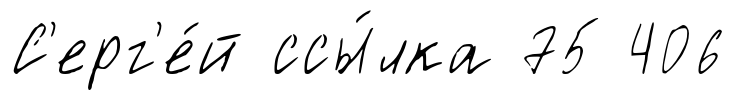
С'ерг'е́й ссы́лка 75 406